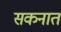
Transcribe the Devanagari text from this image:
सकनात